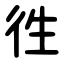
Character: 徃